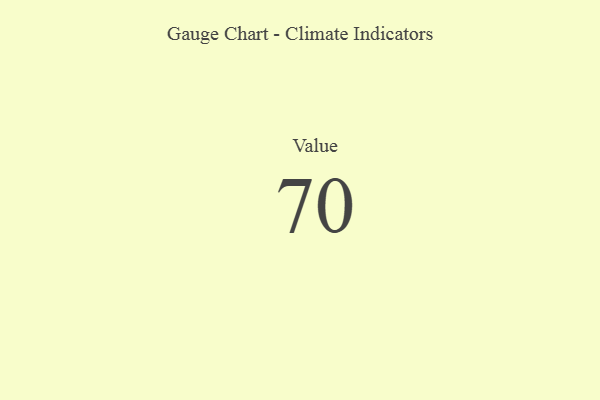
{"axis": {"x": "Metric", "y": "Value"}, "legend": [""], "data": [{"x": "Value", "y": 70, "type": ""}]}